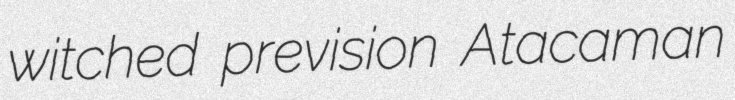
witched prevision Atacaman